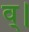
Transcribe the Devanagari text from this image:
व्।